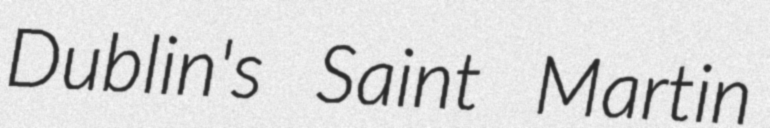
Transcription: Dublin's Saint Martin